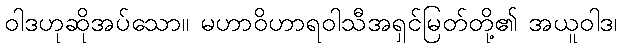
ဝါဒဟုဆိုအပ်သော။ မဟာဝိဟာရဝါသီအရှင်မြတ်တို့၏ အယူဝါဒ၊